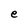
Character: e